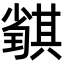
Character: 𡮴